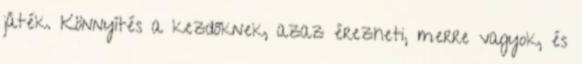
játék. Könnyítés a kezdőknek, azaz érezheti, merre vagyok, és